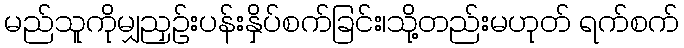
မည်သူကိုမျှညှဉ်းပန်းနှိပ်စက်ခြင်း၊သို့တည်းမဟုတ် ရက်စက်